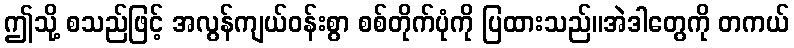
ဤသို့ စသည်ဖြင့် အလွန်ကျယ်ဝန်းစွာ စစ်တိုက်ပုံကို ပြထားသည်။အဲဒါတွေကို တကယ်